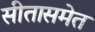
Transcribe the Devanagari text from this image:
सीतासमेत